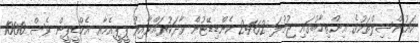
ކައުންސިލްތަކުގެ އިންތިހާބުގައި ޖުމުލަ 2462 ކެންޑިޑޭޓުން ވާދަކުރައްވާއިރު ޕީޕީއެމާއި އެމްޑީޕީން ވެސް 1000